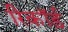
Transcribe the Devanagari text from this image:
रिकॉर्ड़